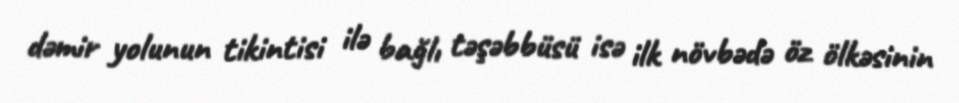
dəmir yolunun tikintisi ilə bağlı təşəbbüsü isə ilk növbədə öz ölkəsinin